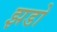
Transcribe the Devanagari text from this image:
झडो